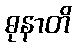
ဓုနာတိ